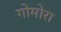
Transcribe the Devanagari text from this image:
गोमोरा